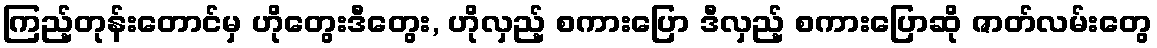
ကြည့်တုန်းတောင်မှ ဟိုတွေးဒီတွေး, ဟိုလှည့် စကားပြော ဒီလှည့် စကားပြောဆို ဇာတ်လမ်းတွေ